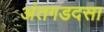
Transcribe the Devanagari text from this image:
अंतगडदसा